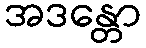
အဒန္တော